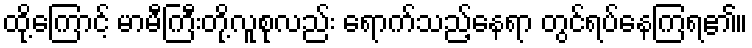
ထို့ကြောင့် မာမီကြီးတို့လူစုလည်း ရောက်သည့်နေရာ တွင်ရပ်နေကြရ၏။